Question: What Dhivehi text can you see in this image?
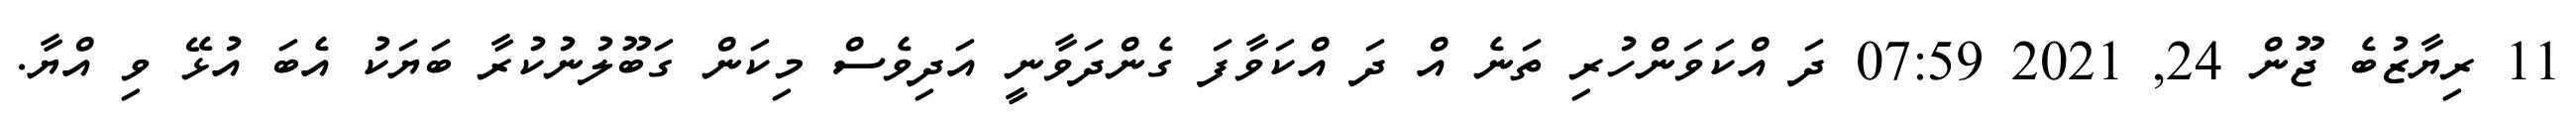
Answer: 11 ރިޔާޒުބެ ޖޫން 24, 2021 07:59 ދަ އްކަވަންހުރި ތަނެ އް ދަ އްކަވާފަ ގެންދަވާނީ އަދިވެސް މިކަން ގަބޫލުނުކުރާ ބަޔަކު އެބަ އުޅޭ ވި އްޔާ.